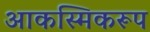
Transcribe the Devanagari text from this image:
आकस्मिकरूप